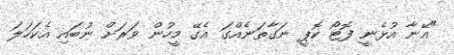
"އޭނާ އުޅެނީ ފޮޓޯ ކޮޕީ ނަގާތަނެއްގަ އެގޭ މީހުން ވަރަށް ނުބައި އެކަހަލަ